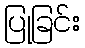
ပြုခြင်း